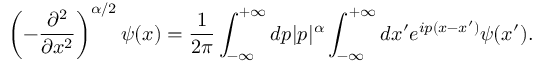
\left( - \frac { \partial ^ { 2 } } { \partial x ^ { 2 } } \right) ^ { \alpha / 2 } \psi ( x ) = \frac { 1 } { 2 \pi } \int _ { - \infty } ^ { + \infty } d p | p | ^ { \alpha } \int _ { - \infty } ^ { + \infty } d x ^ { \prime } e ^ { i p ( x - x ^ { \prime } ) } \psi ( x ^ { \prime } ) .